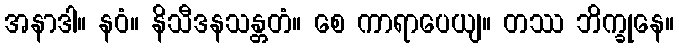
အနာဒါ။ နဝံ။ နိသီဒနသန္တတံ။ စေ ကာရာပေယျ။ တဿ ဘိက္ခုနေ။